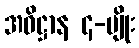
အဓိဋ္ဌာန ၄-မျိုး